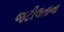
જટીલતાના